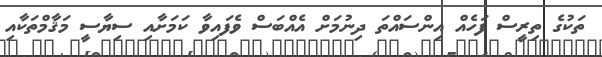
ތަކުގެ ތިރީސް ފަހެއް އިންސައްތަ ދިނުމަށް އެއްބަސް ވެފައިވާ ކަމަށާއި ސިޔާސީ މަޤާމްތަކާއި